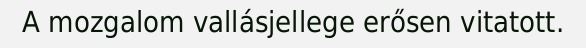
A mozgalom vallásjellege erősen vitatott.